Insane asylums in Bengal annual reports 1876-1887 - 1876-1887
Year: 1876
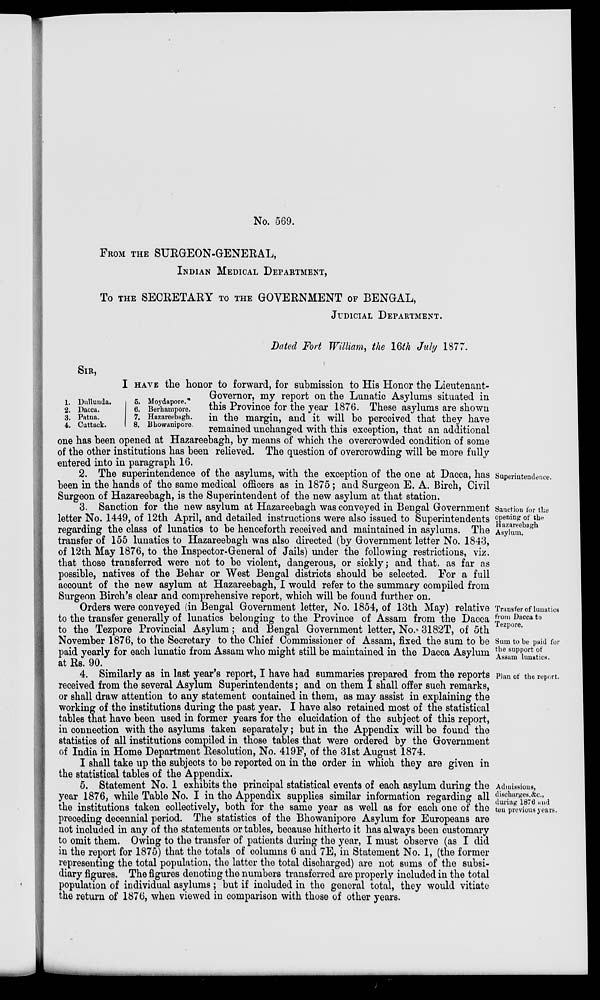
No. 569.
FROM THE SURGEON-GENERAL,
INDIAN MEDICAL DEPARTMENT,
To THE SECRETARY TO THE GOVERNMENT OF BENGAL,
JUDICIAL DEPARTMENT.
Dated Fort William, the 16th July 1877.
SIR,
1.
2.
3.
4.
Dullunda.
Dacca.
Patna.
Cuttack.
5.
6.
7.
8.
Moydapore.
Berhampore.
Hazareebagh.
Bhowanipore.
I HAVE the honor to forward, for submission to His Honor the Lieutenant-
Governor, my report on the Lunatic Asylums situated in
this Province for the year 1876. These asylums are shown
in the margin, and it will be perceived that they have
remained unchanged with this exception, that an additional
one has been opened at Hazareebagh, by means of which the overcrowded condition of some
of the other institutions has been relieved. The question of overcrowding will be more fully
entered into in paragraph 16.
Superintendence.
2. The superintendence of the asylums, with the exception of the one at Dacca, has
been in the hands of the same medical officers as in 1875; and Surgeon E. A. Birch, Civil
Surgeon of Hazareebagh, is the Superintendent of the new asylum at that station.
Sanction for the
opening of the
Hazareebagh
Asylum.
3. Sanction for the new asylum at Hazareebagh was conveyed in Bengal Government
letter No. 1449, of 12th April, and detailed instructions were also issued to Superintendents
regarding the class of lunatics to be henceforth received and maintained in asylums. The
transfer of 155 lunatics to Hazareebagh was also directed (by Government letter No. 1843,
of 12th May 1876, to the Inspector-General of Jails) under the following restrictions, viz.
that those transferred were not to be violent, dangerous, or sickly; and that.as far as
possible, natives of the Behar or West Bengal districts should be selected. For a full
account of the new asylum at Hazareebagh, I would refer to the summary compiled from
Surgeon Birch's clear and comprehensive report, which will be found further on.
Transfer of lunatics
from Dacca to
Tezpore.
Sum to be paid for
the support of
Assam lunatics.
Orders were conveyed (in Bengal Government letter, No. 1854, of 13th May) relative
to the transfer generally of lunatics belonging to the Province of Assam from the Dacca
to the Tezpore Provincial Asylum; and Bengal Government letter, No. 3182T, of 5th
November 1876, to the Secretary to the Chief Commissioner of Assam, fixed the sum to be
paid yearly for each lunatic from Assam who might still be maintained in the Dacca Asylum
at Rs. 90.
Plan of the report.
4. Similarly as in last year's report, I have had summaries prepared from the reports
received from the several Asylum Superintendents; and on them I shall offer such remarks,
or shall draw attention to any statement contained in them, as may assist in explaining the
working of the institutions during the past year. I have also retained most of the statistical
tables that have been used in former years for the elucidation of the subject of this report,
in connection with the asylums taken separately; but in the Appendix will be found the
statistics of all institutions compiled in those tables that were ordered by the Government
of India in Home Department Resolution, No. 419F, of the 31st August 1874.
I shall take up the subjects to be reported on in the order in which they are given in
the statistical tables of the Appendix.
Admissions,
discharges, &c.,
during 1876 and
ten previous years.
5. Statement No. 1 exhibits the principal statistical events of each asylum during the
year 1876, while Table No. I in the Appendix supplies similar information regarding all
the institutions taken collectively, both for the same year as well as for each one of the
preceding decennial period. The statistics of the Bhowanipore Asylum for Europeans are
not included in any of the statements or tables, because hitherto it has always been customary
to omit them. Owing to the transfer of patients during the year, I must observe (as I did
in the report for 1875) that the totals of columns 6 and 7E, in Statement No. 1, (the former
representing the total population, the latter the total discharged) are not sums of the subsi-
diary figures. The figures denoting the numbers transferred are properly included in the total
population of individual asylums; but if included in the general total, they would vitiate
the return of 1876, when viewed in comparison with those of other years.